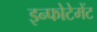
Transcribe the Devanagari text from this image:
इन्फोटेमेंट